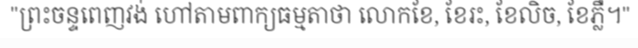
"ព្រះចន្ទពេញវង់ ហៅតាមពាក្យធម្មតាថា លោកខែ, ខែរះ, ខែលិច, ខែភ្លឺ។"